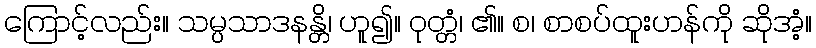
ကြောင့်လည်း။ သမ္ပသာဒနန္တိ၊ ဟူ၍။ ဝုတ္တံ၊ ၏။ စ၊ စာစပ်ထူးဟန်ကို ဆိုအံ့။